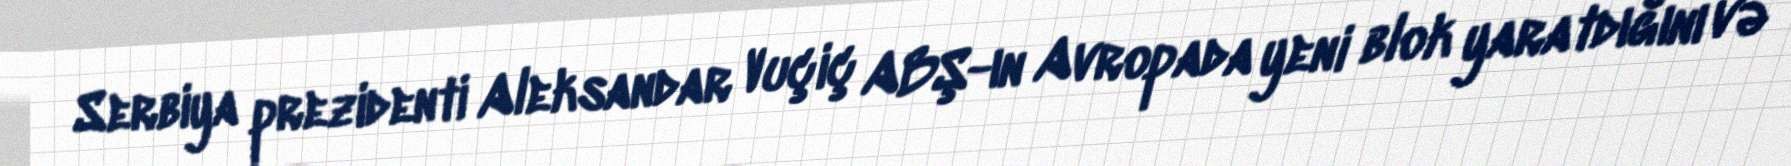
Serbiya prezidenti Aleksandar Vuçiç ABŞ-ın Avropada yeni blok yaratdığını və